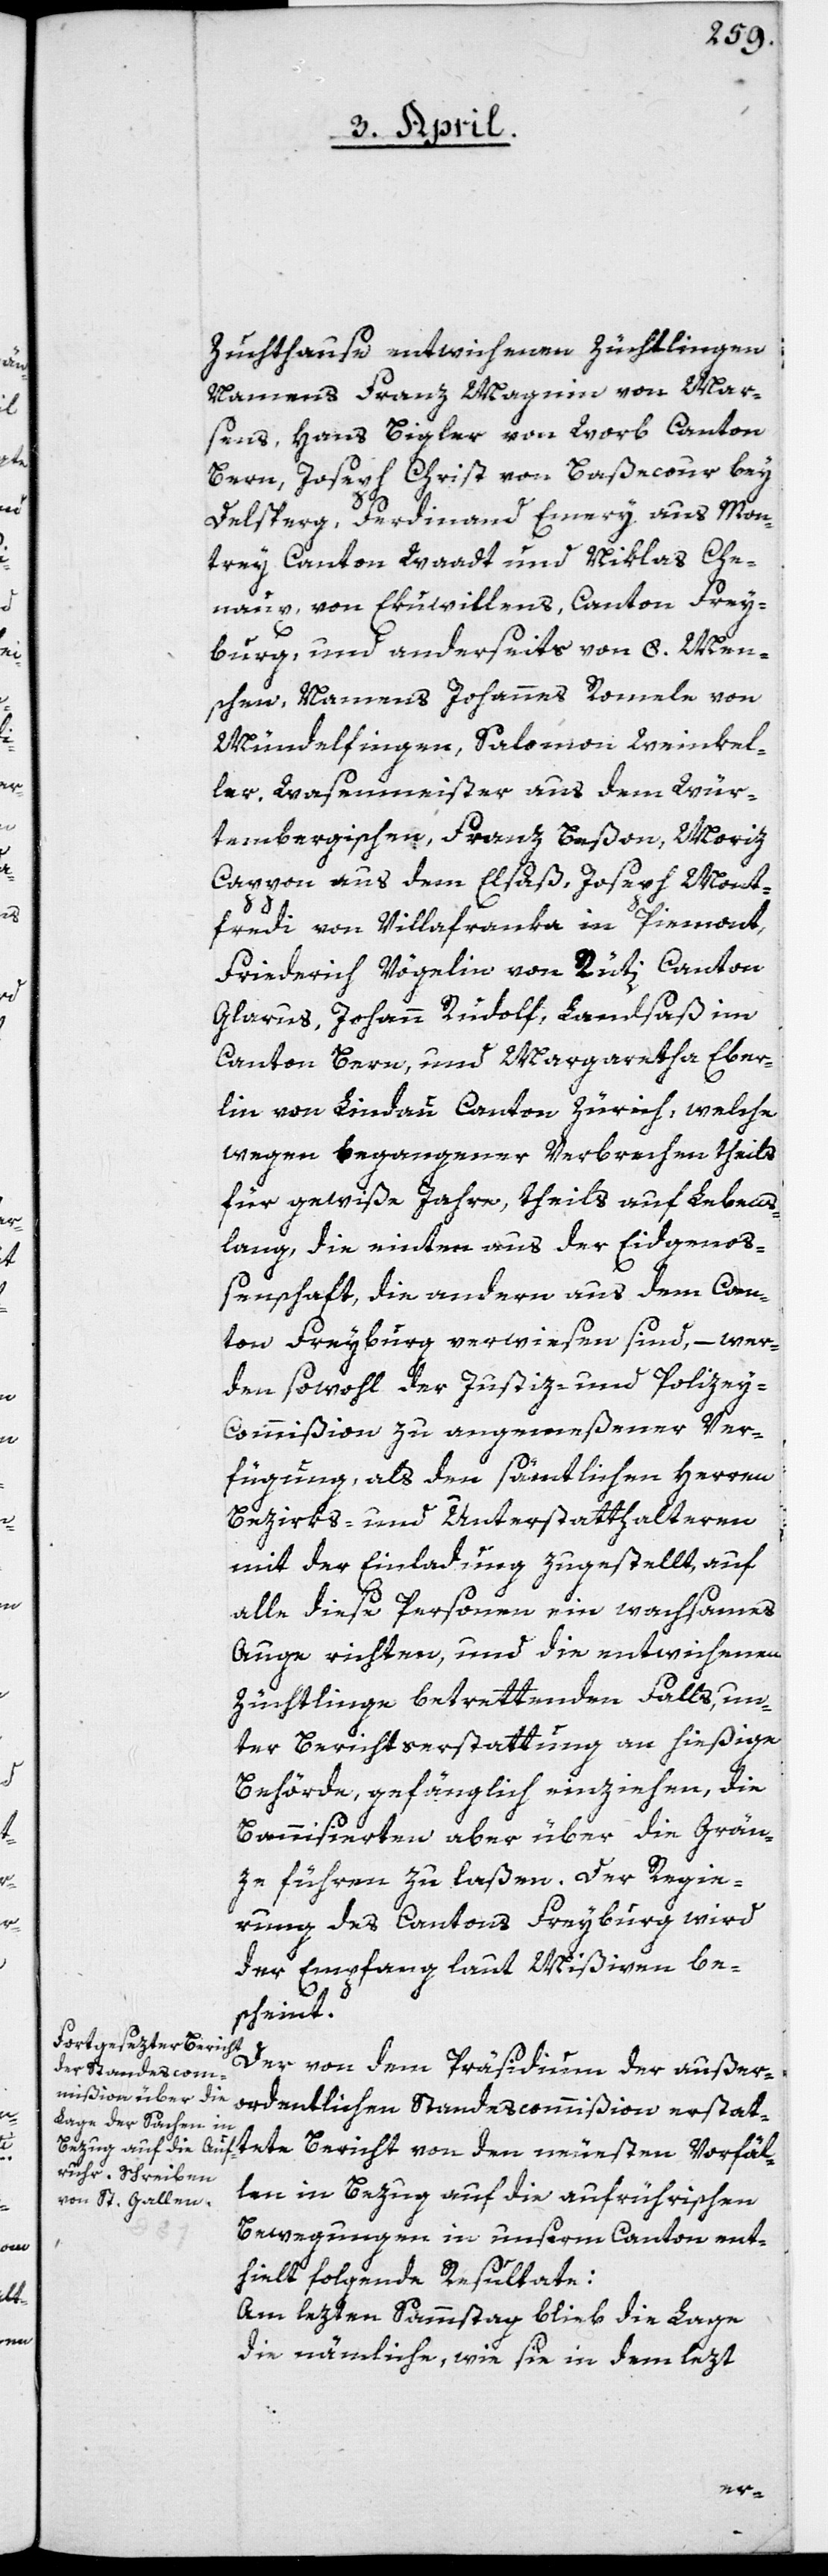
Zuchthause entwichenen Züchtlingen
namens Franz Magnin von Mar¬
sens, Hans Bigler von Worb Canton
Bern, Joseph Christ von Baßecour bey
Delsperg, Ferdinand Emery aus Mon¬
trey, Canton Waadt, und Niklas Che¬
naux von Ekuvillens, Canton Frey¬
burg, und anderseits von 8. Men¬
schen, Namens Johannes Romele von
Mündelfingen; Salomon Weinkel¬
ler, Wasenmeister aus dem Wür¬
tembergischen; Franz Beßon; Moriz
Cappon aus dem Elsaß; Joseph Mont¬
fredi von Villafranca in Piemont;
Friederich Vögelin von Rüti, Canton
Glarus; Johann Rudolf, Landsaß im
Canton Bern; und Margaretha Eber¬
lin von Lindau Canton Zürich; welche
wegen begangener Verbrechen theils
für gewiße Jahre, theils auf Lebens¬
lang, die einten aus der Eidgenoß¬
enschaft, die andern aus dem Can¬
ton Freyburg verwiesen sind, – wer¬
den sowohl der Justiz- und Polizey-C¬
ommißion zu angemeßener Ver¬
fügung, als den sämtlichen Herren
Bezirks- und Unterstatthalteren
mit der Einladung zugestellt, auf
alle diese Personen ein wachsames
Auge richten, und die entwichenen
Züchtlingen betrettenden Falls un¬
ter Berichtserstattung an hießige
Behörde, gefänglich einziehen, die
Bannisierten aber über die Grän¬
ze führen zu laßen. Der Regie¬
rung des Cantons Freyburg wird
der Empfang laut Mißiven be¬
scheint.
Der von dem Präsidium der außer¬
ordentlichen Standescommißion erstat¬
tete Bericht von den neuesten Vorfäl¬
len in Bezug auf die aufrührischen
Bewegungen in unserm Canton ent¬
hielt folgende Resultate:
Am lezten Sammstag blieb die Lage
die nämliche, wie sie in dem lezt